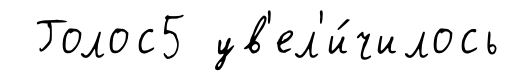
Голос5 ув'ел'и́чилось